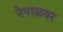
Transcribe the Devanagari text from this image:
नेपाळवर